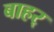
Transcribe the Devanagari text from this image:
बाहर्